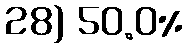
28) 50.0%